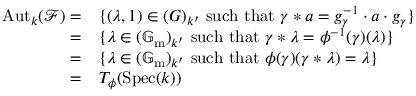
\begin{array} { r l } { \operatorname { A u t } _ { k } ( \mathcal { F } ) = } & { \{ ( \lambda , 1 ) \in ( G ) _ { k ^ { \prime } } \mathrm { ~ s u c h ~ t h a t ~ } \gamma * a = g _ { \gamma } ^ { - 1 } \cdot a \cdot g _ { \gamma } \} } \\ { = } & { \{ \lambda \in ( \mathbb { G } _ { \mathrm { m } } ) _ { k ^ { \prime } } \mathrm { ~ s u c h ~ t h a t ~ } \gamma * \lambda = \phi ^ { - 1 } ( \gamma ) ( \lambda ) \} } \\ { = } & { \{ \lambda \in ( \mathbb { G } _ { \mathrm { m } } ) _ { k ^ { \prime } } \mathrm { ~ s u c h ~ t h a t ~ } \phi ( \gamma ) ( \gamma * \lambda ) = \lambda \} } \\ { = } & { T _ { \phi } ( \operatorname { S p e c } ( k ) ) } \end{array}